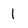
Character: 1